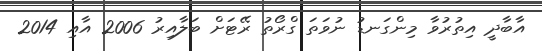
އާބާދީ އިތުރުވާ މިންގަނޑު ނުވަތަ ގްރޯތު ރޭޓަށް ބަލާއިރު 2006 އާއި 2014